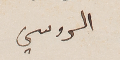
الروسي